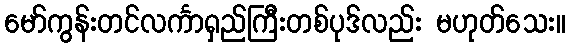
မော်ကွန်းတင်လင်္ကာရှည်ကြီးတစ်ပုဒ်လည်း မဟုတ်သေး။